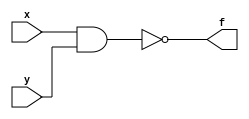

//////////////////////////////////
module NAND (x,y,f);              //NAND

  input x,y;
  output f;
 
  assign f=~(x&y);
  
endmodule 
//////////////////////////////////
module INV (x,f);                 //INV
  
  input x;
  output f;
  
  assign f=~x;
  
endmodule
//////////////////////////////////
module RS (S,R,Q,Q1);             // 
  
  input S,R;
  output Q,Q1;
  
  NAND N1 (S,Q1,Q);
  NAND N2 (Q,R,Q1);
  
  
endmodule
//////////////////////////////////
module Dtrig(D,clk,Q,Q1);         //D-
                                  //
  input D,clk;
  output Q,Q1;
  wire Y1,Y2;
  
  NAND N3 (D,clk,Y1);
  NAND N4 (Y1,clk,Y2);
  
  RS RS1 (Y1,Y2,Q,Q1);
  
endmodule
//////////////////////////////////
module TRIGGERUP(D,clk,Q);          //  

  input D,clk;
  output Q;
  wire Y,Y1,Y2,Y3;
  
  INV INV1 (clk,Y);
  Dtrig Dtrig1 (D,Y,Y1,Y2);
  Dtrig Dtrig2 (Y1,clk,Q,Y3);
  
endmodule
/////////////////////////////////
module etbits(D,clk,Q0,Q1,Q2,Q3,Q4,Q5,Q6,Q7); //  8 
  
  input D,clk;
  output Q0,Q1,Q2,Q3,Q4,Q5,Q6,Q7;
  wire Y0,Y1,Y2,Y3,Y4,Y5,Y6,Y7;
  
  TRIGGERUP T0 (D,clk,Q0);
  TRIGGERUP T1 (Q0,clk,Q1);
  TRIGGERUP T2 (Q1,clk,Q2);
  TRIGGERUP T3 (Q2,clk,Q3);
  TRIGGERUP T4 (Q3,clk,Q4);
  TRIGGERUP T5 (Q4,clk,Q5);
  TRIGGERUP T6 (Q5,clk,Q6);
  TRIGGERUP T7 (Q6,clk,Q7);
  
endmodule
//////////////////////////////////
module TRIGGERDOWN(D,clk,Q);          //  

  input D,clk;
  output Q;
  wire Y,Y1,Y2,Y3;
  
  INV INV1 (clk,Y);
  Dtrig Dtrig1 (D,clk,Y1,Y2);
  Dtrig Dtrig2 (Y1,Y,Q,Y3);
  
endmodule
/////////////////////////////////
module CT(C,Q0,Q1,Q2,Q);
  
  input C;
  output Q0,Q1,Q2,Q;
  
  TRIGGERDOWN T1(~Q0,C,Q0);
  TRIGGERDOWN T2(~Q1,Q,Q1);
  TRIGGERDOWN T3(~Q2,Q1,Q2);
endmodule